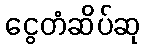
ငွေတံဆိပ်ဆု